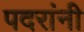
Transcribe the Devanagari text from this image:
पदरांनी